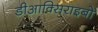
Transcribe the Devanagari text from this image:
डीआक्सिराइबो